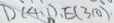
D ( 4 . 1 ) E ( 3 . 0 )